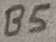
Text: B5